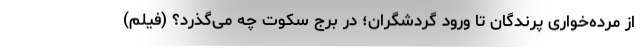
از مرده‌خواری پرندگان تا ورود گردشگران؛ در برج سکوت چه می‌گذرد؟ (فیلم)